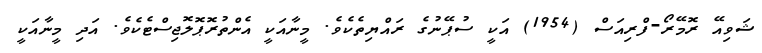
ޝަވިއޭ ރޮމޭރޯ-ފްރިއަސް (1954) އަކީ ސުޕޭނުގެ ރައްޔިތެކެވެ. މީނާއަކީ އެންތުރޮޕޮލޮޖިސްޓެކެވެ. އަދި މީނާއަކީ